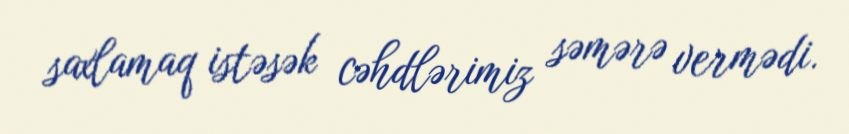
saxlamaq istəsək cəhdlərimiz səmərə vermədi.